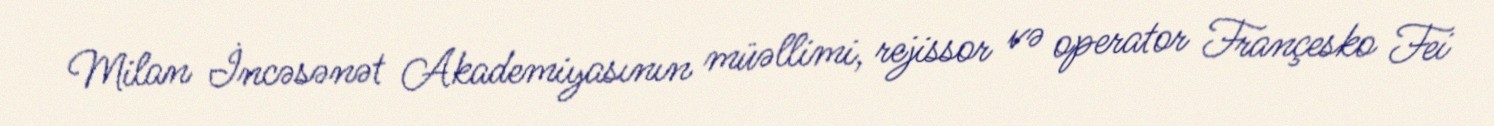
Milan İncəsənət Akademiyasının müəllimi, rejissor və operator Françesko Fei